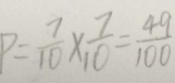
P = \frac { 7 } { 1 0 } \times \frac { 7 } { 1 0 } = \frac { 4 9 } { 1 0 0 }